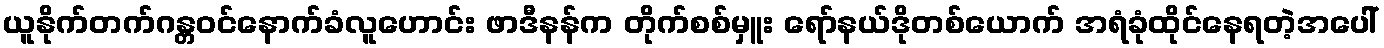
ယူနိုက်တက်ဂန္တဝင်နောက်ခံလူဟောင်း ဖာဒီနန်က တိုက်စစ်မှူး ရော်နယ်ဒိုတစ်ယောက် အရံခုံထိုင်နေရတဲ့အပေါ်